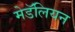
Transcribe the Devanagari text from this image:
मेडॅलियन